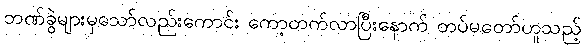
ဘဏ်ခွဲများမှသော်လည်းကောင်း ကော့တက်လာပြီးနောက် တပ်မတော်ဟူသည့်